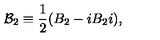
{ \cal B } _ { 2 } \equiv \frac { 1 } { 2 } ( B _ { 2 } - i B _ { 2 } i ) ,